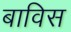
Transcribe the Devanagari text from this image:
बाविस